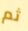
ثم